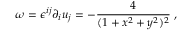
\omega = \epsilon ^ { i j } \partial _ { i } u _ { j } = - \frac { 4 } { ( 1 + x ^ { 2 } + y ^ { 2 } ) ^ { 2 } } \; ,